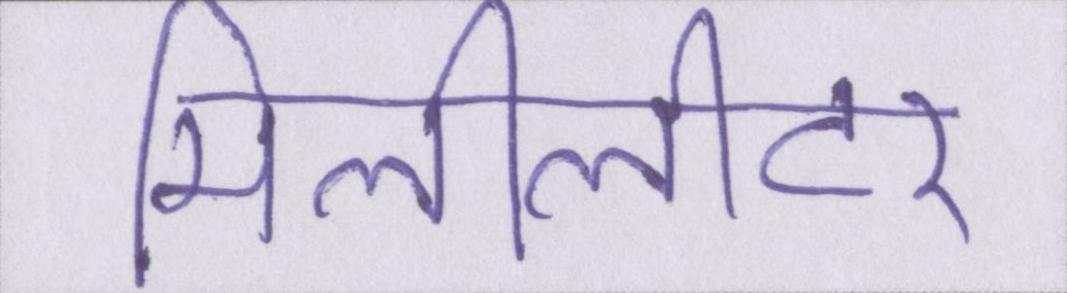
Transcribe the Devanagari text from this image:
मिलीलीटर